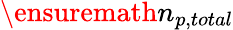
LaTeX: \ensuremath{n_{p,total}}